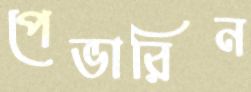
পেভারিন